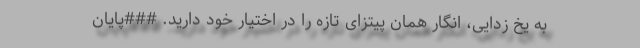
به یخ زدایی، انگار همان پیتزای تازه‌ را در اختیار خود دارید. ###پایان